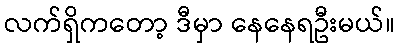
လက်ရှိကတော့ ဒီမှာ နေနေရဦးမယ်။